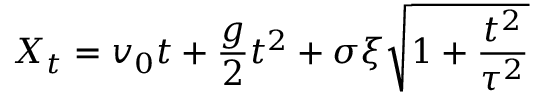
X _ { t } = v _ { 0 } t + \frac { g } { 2 } t ^ { 2 } + \sigma \xi \sqrt { 1 + \frac { t ^ { 2 } } { \tau ^ { 2 } } }